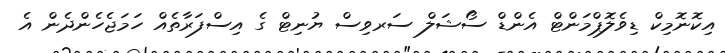
އިކޮނޮމިކް ޑިވެލޮޕްމަންޓް އެންޑް ސޯޝަލް ސަރވިސް ޔުނިޓް ގެ އިސްފަރާތެއް ހަމަޖެހެންދެން އެ